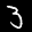
Label: 3